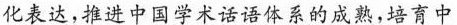
化表达，推进中国学术话语体系的成熟，培育中